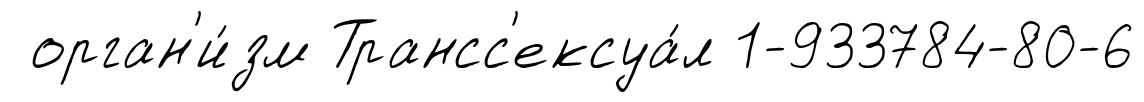
орган'и́зм Трансс'ексуа́л 1-933784-80-6